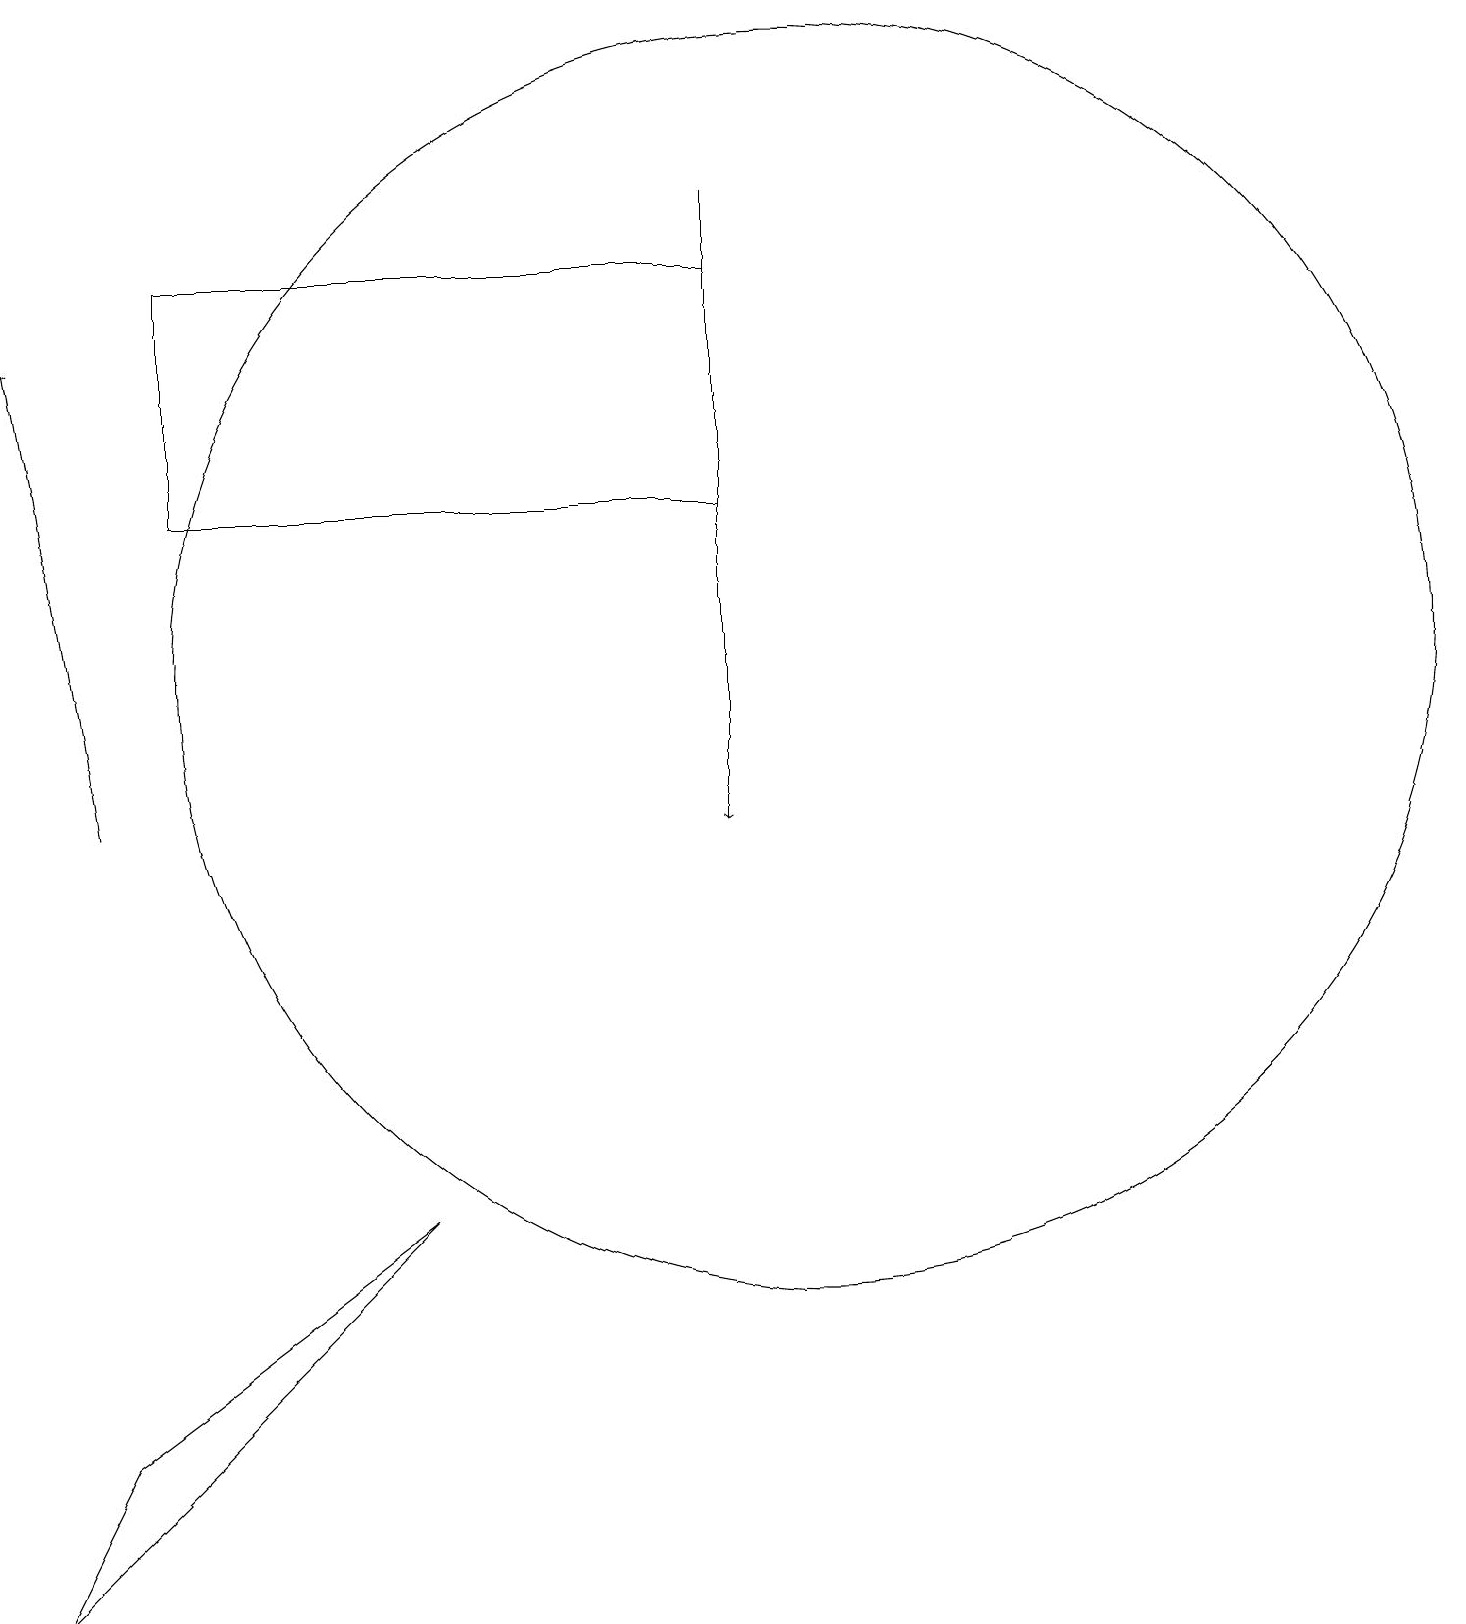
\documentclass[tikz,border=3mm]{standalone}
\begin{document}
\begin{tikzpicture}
\draw (10,12) circle (8);
\draw (11,11) circle (0);
\draw (0,0) -- (1,2) -- (5,5) -- cycle;
\draw[->] (9,18) -- (9,10);
\draw (10,11) circle (0);
\draw (9,17) rectangle (2,14);
\draw[->] (1,10) -- (0,16);
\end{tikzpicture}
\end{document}